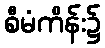
စီမံကိန်း၌